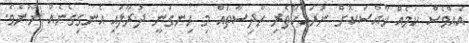
އެއްވެސް ކަމެއް ޚާއްސަކޮށް ނުރައްކާތެރި ހާދިސާތައް މި ހިނގަނީ ދުރާލައި އެނގިގެނެއް ނޫނެވެ.